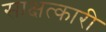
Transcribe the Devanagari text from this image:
साक्षत्कारी